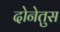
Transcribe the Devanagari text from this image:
दोनेतुस